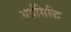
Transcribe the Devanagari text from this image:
अर्थसिद्धि